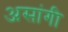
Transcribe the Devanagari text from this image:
असांगी